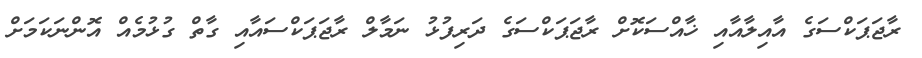
ރާޖަޕަކްސަގެ އާއިލާއާއި ޚާއްސަކޮށް ރާޖަޕަކްސަގެ ދަރިފުޅު ނަމާލް ރާޖަޕަކްސައާއި ގާތް ގުޅުމެއް އޮންނަކަމަށް